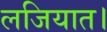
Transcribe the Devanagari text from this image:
लजियात।